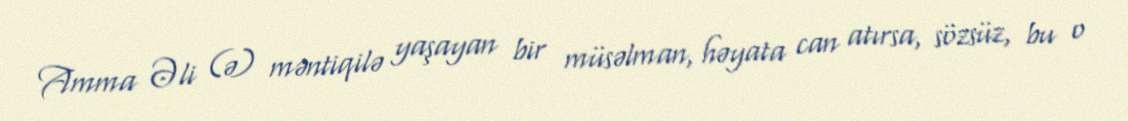
Amma Əli (ə) məntiqilə yaşayan bir müsəlman, həyata can atırsa, sözsüz, bu o